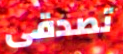
تصدقى